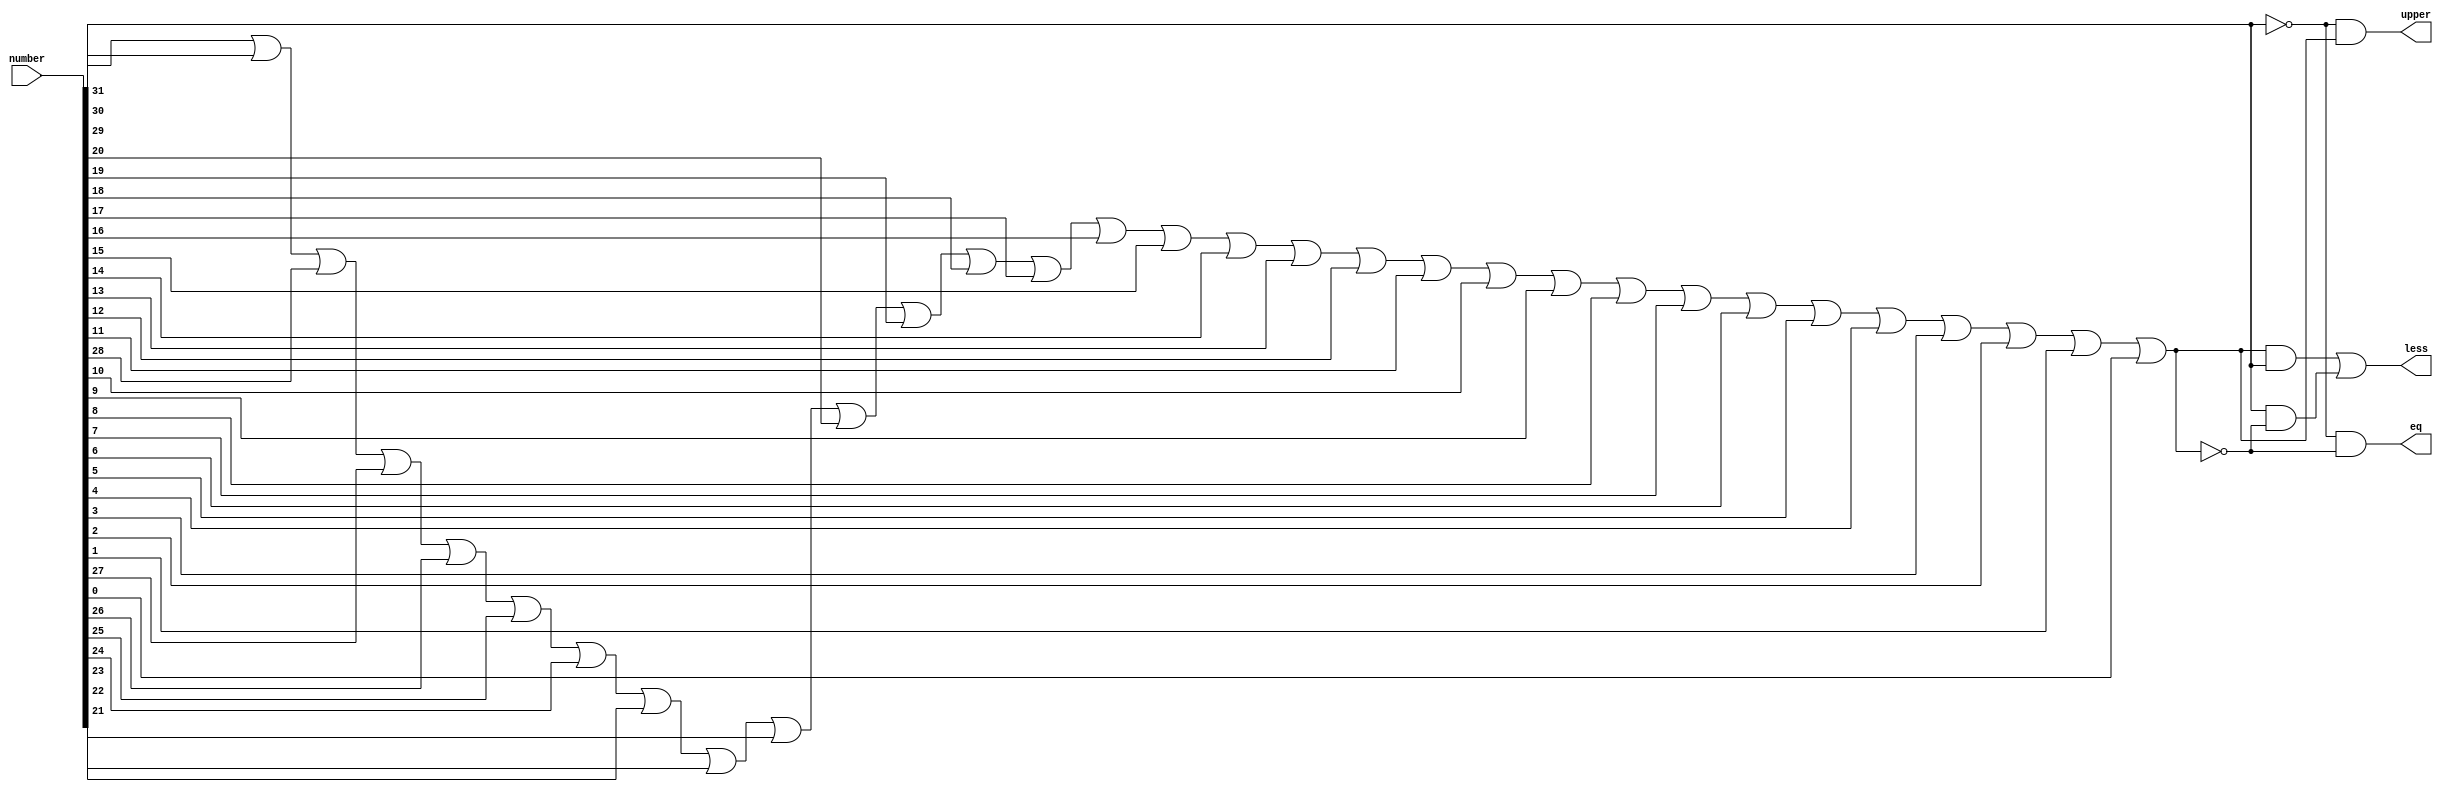
module comparator_32bit(number,eq,less,upper);
	input[31:0] number;
	output eq,less,upper;
	wire tempZero;
	or(tempZero,number[30],number[29],number[28],number[27],number[26],number[25],
					number[24],number[23],number[22],number[21],number[20],number[19],
					number[18],number[17],number[16],number[15],number[14],number[13],
					number[12],number[11],number[10],number[9],number[8],number[7],
					number[6],number[5],number[4],number[3],number[2],number[1],number[0]);
	//less
	wire tempLess1;
	and(tempLess1,tempZero,number[31]);
	wire not_tempZero;
	not(not_tempZero,tempZero);
	wire tempLess2;
	and(tempLess2,number[31],not_tempZero);
	or(less,tempLess1,tempLess2);
	//Equal
	wire not_31;
	not(not_31,number[31]);
	and(eq,not_31,not_tempZero);
	//Upper
	and(upper,not_31,tempZero);
endmodule